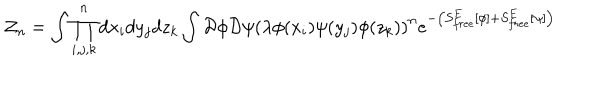
LaTeX: { \cal Z } _ { n } = \int \prod _ { i , j , k } ^ { n } d x _ { i } d y _ { j } d z _ { k } \int { \cal D } \phi { \cal D } \psi \left( \lambda \phi ( x _ { i } ) \psi ( y _ { j } ) \phi ( z _ { k } ) \right) ^ { n } e ^ { - \left( S _ { f r e e } ^ { E } \left[ \phi \right] + S _ { f r e e } ^ { E } \left[ \psi \right] \right) }